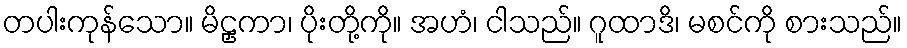
တပါးကုန်သော။ မိဠှကာ၊ ပိုးတို့ကို။ အဟံ၊ ငါသည်။ ဂူထာဒိ၊ မစင်ကို စားသည်။